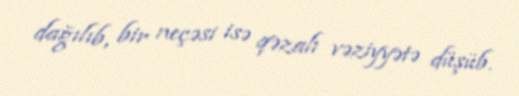
dağılıb, bir neçəsi isə qəzalı vəziyyətə düşüb.